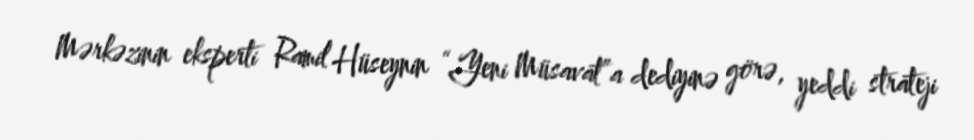
Mərkəzinin eksperti Ramil Hüseynin “Yeni Müsavat”a dediyinə görə, yeddi strateji